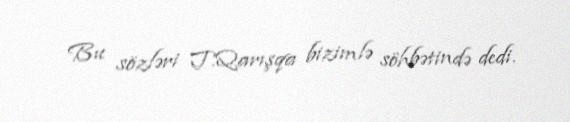
Bu sözləri T.Qarışqa bizimlə söhbətində dedi.